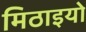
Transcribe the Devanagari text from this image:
मिठाइयो